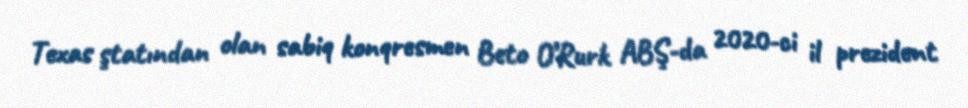
Texas ştatından olan sabiq konqresmen Beto O’Rurk ABŞ-da 2020-ci il prezident